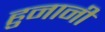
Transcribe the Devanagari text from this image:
हुनानी